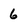
Character: 6